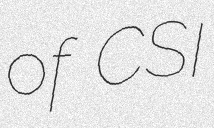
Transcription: of CSI